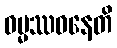
ဓမ္မဿဝနေတိ